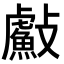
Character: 𭤐